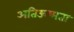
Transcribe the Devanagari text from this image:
अतिऊष्मता